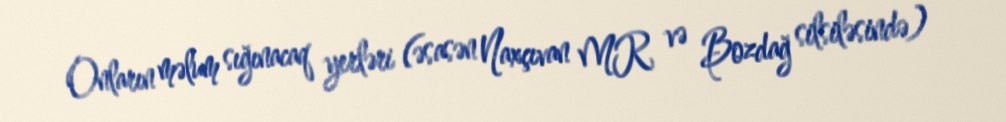
Onların məlum sığınacaq yerləri (əsasən Naxçıvan MR və Bozdağ silsiləsində)